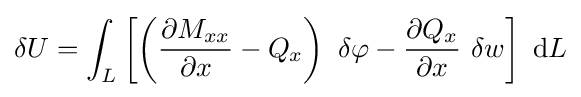
\delta U=\int _{L}\left[\left({\frac {\partial M_{xx}}{\partial x}}-Q_{x}\right)~\delta \varphi -{\frac {\partial Q_{x}}{\partial x}}~\delta w\right]~\mathrm {d} L